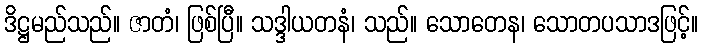
ဒိဋ္ဌမည်သည်။ ဇာတံ၊ ဖြစ်ပြီ။ သဒ္ဒါယတနံ၊ သည်။ သောတေန၊ သောတပသာဒဖြင့်။